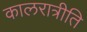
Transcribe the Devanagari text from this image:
कालरात्रीति